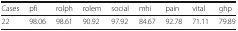
<table><thead><tr><td><b>Cases</b></td><td><b>pfi</b></td><td><b>rolph</b></td><td><b>rolem</b></td><td><b>social</b></td><td><b>mhi</b></td><td><b>pain</b></td><td><b>vital</b></td><td><b>ghp</b></td></tr></thead><tbody><tr><td>22</td><td>98.06</td><td>98.61</td><td>90.92</td><td>97.92</td><td>84.67</td><td>92.78</td><td>71.11</td><td>79.89</td></tr></tbody></table>